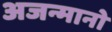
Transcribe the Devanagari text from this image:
अजन्मानो